Report of the Indian Hemp Drugs Commission, 1894-1895 - Volume VIII
Year: 1894
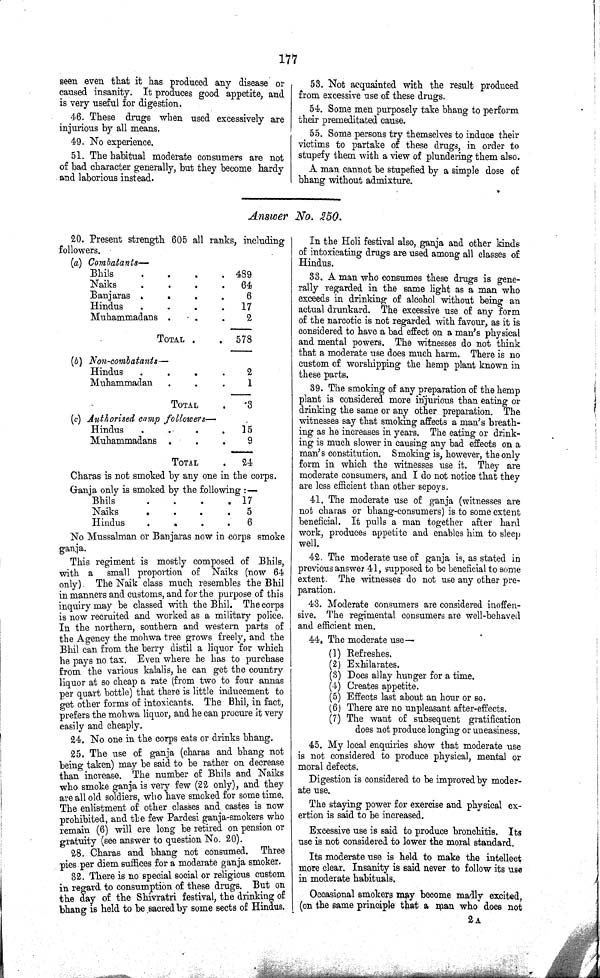
177
seen even that it has produced any disease or
caused insanity. It produces good appetite, and
is very useful for digestion.
46. These drugs when used excessively are
injurious by all means.
49. No experience.
51. The habitual moderate consumers are not
of bad character generally, but they become hardy
and laborious instead.
53. Not acquainted with the result produced
from excessive use of these drugs.
54. Some men purposely take bhang to perform
their premeditated cause.
55. Some persons try themselves to induce their
victims to partake of these drugs, in order to
stupefy them with a view of plundering them also.
A man cannot be stupefied by a simple dose of
bhang without admixture.
Answer No. 250.
20. Present strength 605 all ranks, including
followers.
(a) Combatants—
Bhils
489
Naiks
64
Banjaras
6
Hindus
17
Muhammadans
2
TOTAL
578
(b) Non-combatants—
Hindus
2
Muhammadan
1
TOTAL
3
(c) Authorised camp followers—
Hindus
15
Muhammadans
9
TOTAL
24
Charas is not smoked by any one in the corps.
Ganja only is smoked by the following:—
Bhils
17
Naiks
5
Hindus
6
No Mussalman or Banjaras now in corps smoke
ganja.
This regiment is mostly composed of Bhils,
with a small proportion of Naiks (now 64
only). The Naik class much resembles the Bhil
in manners and customs, and for the purpose of this
inquiry may be classed with the Bhil. The corps
is now recruited and worked as a military police.
In the northern, southern and western parts of
the Agency the mohwa tree grows freely, and the
Bhil can from the berry distil a liquor for which
he pays no tax. Even where he has to purchase
from the various kalalis, he can get the country
liquor at so cheap a rate (from two to four annas
per quart bottle) that there is little inducement to
get other forms of intoxicants. The Bhil, in fact,
prefers the mohwa liquor, and he can procure it very
easily and cheaply.
24. No one in the corps eats or drinks bhang.
25. The use of ganja (charas and bhang not
being taken) may be said to be rather on decrease
than increase. The number of Bhils and Naiks
who smoke ganja is very few (22 only), and they
are all old soldiers, who have smoked for some time.
The enlistment of other classes and castes is now
prohibited, and the few Pardesi ganja-smokers who
remain (6) will ere long be retired on pension or
gratuity (see answer to question No. 20).
28. Charas and bhang not consumed. Three
pies per diem suffices for a moderate ganja smoker.
32. There is no special social or religious custom
in regard to consumption of these drugs. But on
the day of the Shivratri festival, the drinking of
bhang is held to be sacred by some sects of Hindus.
In the Holi festival also, ganja and other kinds
of intoxicating drugs are used among all classes of
Hindus.
33. A man who consumes these drugs is gene¬
rally regarded in the same light as a man who
exceeds in drinking of alcohol without being an
actual drunkard. The excessive use of any form
of the narcotic is not regarded with favour, as it is
considered to have a bad effect on a man's physical
and mental powers. The witnesses do not think
that a moderate use does much harm. There is no
custom of worshipping the hemp plant known in
these parts.
39. The smoking of any preparation of the hemp
plant is considered more injurious than eating or
drinking the same or any other preparation. The
witnesses say that smoking affects a man's breath¬
ing as he increases in years. The eating or drink¬
ing is much slower in causing any bad effects on a
man's constitution. Smoking is, however, the only
form in which the witnesses use it. They are
moderate consumers, and I do not notice that they
are less efficient than other sepoys.
41. The moderate use of ganja (witnesses are
not charas or bhang-consumers) is to some extent
beneficial. It pulls a man together after hard
work, produces appetite and enables him to sleep
well.
42. The moderate use of ganja is, as stated in
previous answer 41, supposed to be beneficial to some
extent. The witnesses do not use any other pre¬
paration.
43. Moderate consumers are considered inoffen¬
sive. The regimental consumers are well-behaved
and efficient men.
44. The moderate use—
(1) Refreshes.
(2) Exhilarates.
(3) Does allay hunger for a time.
(4) Creates appetite.
(5) Effects last about an hour or so.
(6) There are no unpleasant after-effects.
(7) The want of subsequent gratification
does not produce longing or uneasiness.
45. My local enquiries show that moderate use
is not considered to produce physical, mental or
moral defects.
Digestion is considered to be improved by moder¬
ate use.
The staying power for exercise and physical ex¬
ertion is said to be increased.
Excessive use is said to produce bronchitis. Its
use is not considered to lower the moral standard.
Its moderate use is held to make the intellect
more clear. Insanity is said never to follow its use
in moderate habituals.
Occasional smokers may become madly excited,
(on the same principle that a man who does not
2 A